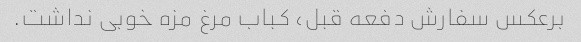
برعکس سفارش دفعه قبل، کباب مرغ مزه خوبی نداشت.